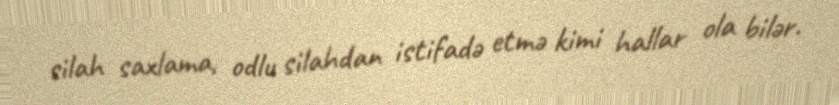
silah saxlama, odlu silahdan istifadə etmə kimi hallar ola bilər.